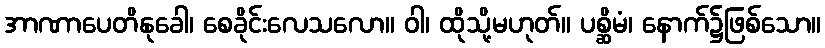
အာဏာပေတိနုခေါ၊ စေခိုင်းလေသလော။ ဝါ၊ ထိုသို့မဟုတ်။ ပစ္ဆိမံ၊ နောက်၌ဖြစ်သော။